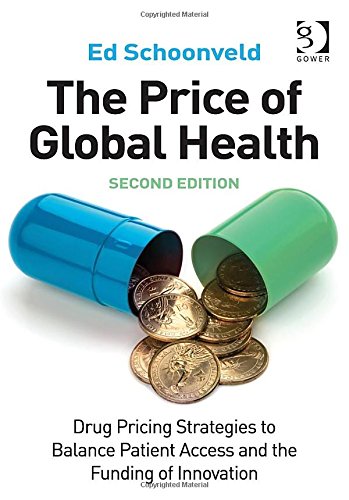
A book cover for The Price of Global Health: Drug Pricing Strategies to Balance Patient Access and the Funding of Innovation; Ed Schoonveld; Business & Money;